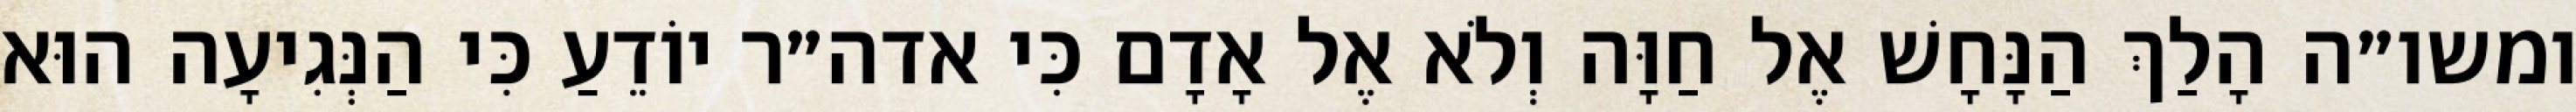
ומשו״ה הָלַךְ הַנָּחָשׁ אֶל חַוָּה וְלֹא אֶל אָדָם כִּי אדה״ר יוֹדֵעַ כִּי הַנְּגִיעָה הוּא